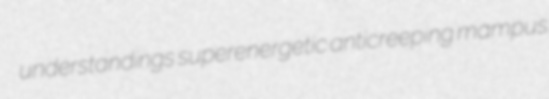
understandings superenergetic anticreeping mampus